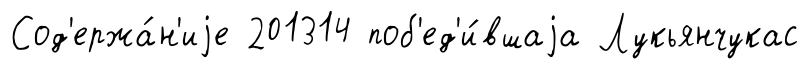
Сод'ержа́н'иjе 201314 поб'ед'и́вшаjа Лукьянчукас